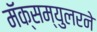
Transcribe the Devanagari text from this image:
मॅक्सम्युलरने